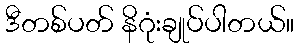
ဒီတစ်ပတ် နိဂုံးချုပ်ပါတယ်။